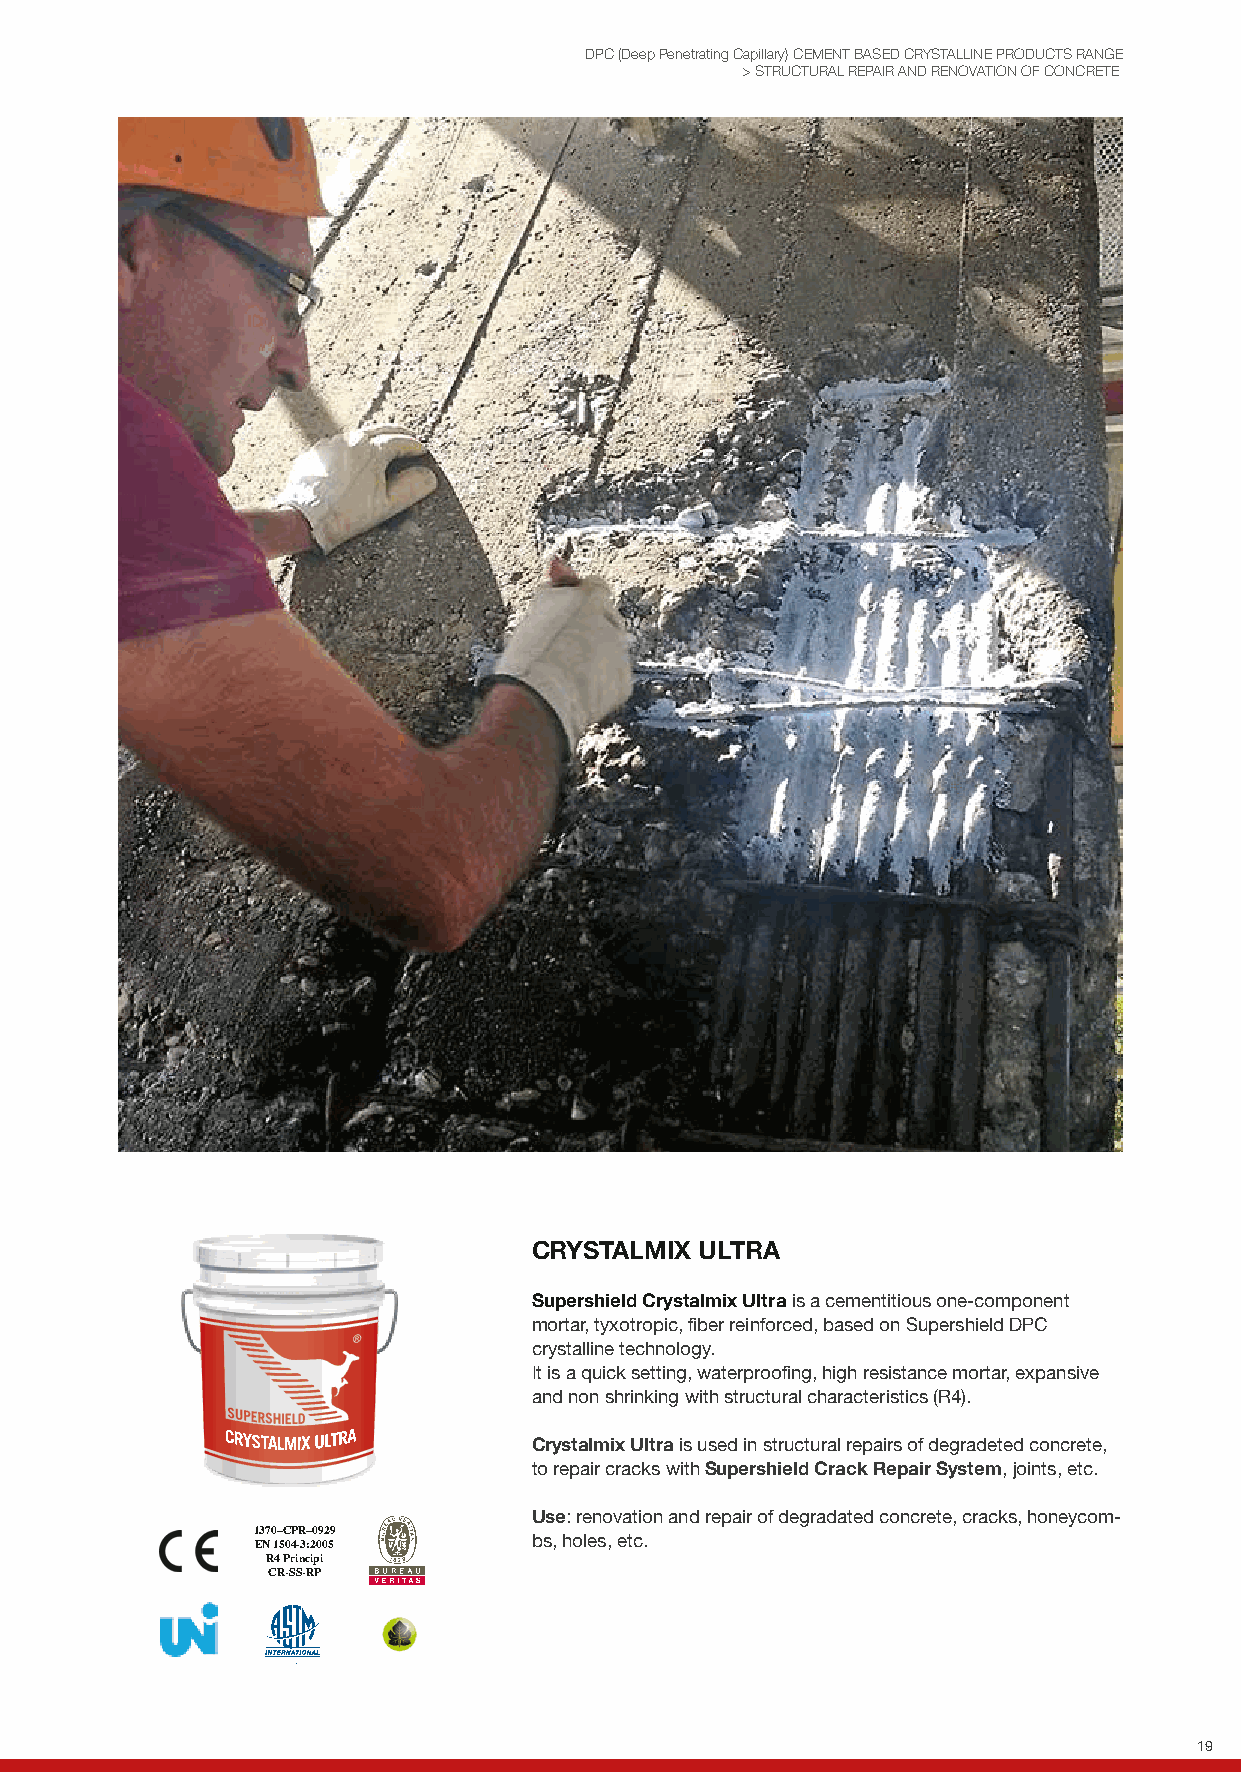
DPC (Deep Penetrating Capillary) CEMENT BASED CRYSTALLINE PRODUCTS RANGE
 > STRUCTURAL REPAIR AND RENOVATION OF CONCRETE
 CRYSTALMIX ULTRA
 Supershield Crystalmix Ultra is a cementitious one-component
 mortar, tyxotropic, fiber reinforced, based on Supershield DPC
 crystalline technology.
 It is a quick setting, waterproofing, high resistance mortar, expansive
 and non shrinking with structural characteristics (R4).
 Crystalmix Ultra is used in structural repairs of degradeted concrete,
 to repair cracks with Supershield Crack Repair System, joints, etc.
 Use: renovation and repair of degradated concrete, cracks, honeycom-
 1370–CPR–0929
 EN 1504-3:2005    bs, holes, etc.
 R4 Principi
 CR-SS-RP
 19